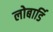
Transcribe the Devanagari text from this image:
लोबार्डि